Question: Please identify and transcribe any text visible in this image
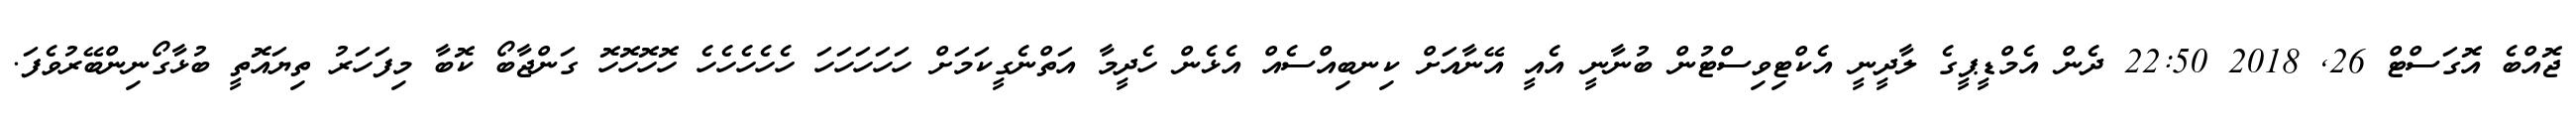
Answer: ޖޮއްބެ އޮގަސްޓް 26, 2018 22:50 ދެން އެމްޑީޕީގެ ލާދީނީ އެކްޓިވިސްޓުން ބުނާނީ އެއީ އޭނާއަށް ކިނބިއްސެއް އެޅެން ހެދީމާ އަތްނެގީކަމަށް ހަހަހަހަހަ ހެހެހެހެހެ ހޮހޮހޮހޮ ގަންޖާބޯ ކޮބާ މިފަހަރު ތިޔައޮތީ ބުޅާގޯނިންބޭރުވެފަ.